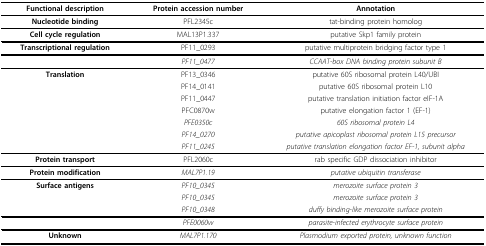
<table><thead><tr><td><b>Functional description</b></td><td><b>Protein accession number</b></td><td><b>Annotation</b></td></tr></thead><tbody><tr><td><b>Nucleotide binding</b></td><td>PFL2345c</td><td>tat-binding protein homolog</td></tr><tr><td><b>Cell cycle regulation</b></td><td>MAL13P1.337</td><td>putative Skp1 family protein</td></tr><tr><td><b>Transcriptional regulation</b></td><td>PF11_0293</td><td>putative multiprotein bridging factor type 1</td></tr><tr><td></td><td><i>PF11_0477</i></td><td><i>CCAAT-box DNA binding protein subunit B</i></td></tr><tr><td><b>Translation</b></td><td>PF13_0346</td><td>putative 60S ribosomal protein L40/UBI</td></tr><tr><td></td><td>PF14_0141</td><td>putative 60S ribosomal protein L10</td></tr><tr><td></td><td>PF11_0447</td><td>putative translation initiation factor eIF-1A</td></tr><tr><td></td><td>PFC0870w</td><td>putative elongation factor 1 (EF-1)</td></tr><tr><td></td><td><i>PFE0350c</i></td><td><i>60S ribosomal protein L4</i></td></tr><tr><td></td><td><i>PF14_0270</i></td><td><i>putative apicoplast ribosomal protein L15 precursor</i></td></tr><tr><td></td><td><i>PF11_0245</i></td><td><i>putative translation elongation factor EF-1, subunit alpha</i></td></tr><tr><td><b>Protein transport</b></td><td>PFL2060c</td><td>rab specific GDP dissociation inhibitor</td></tr><tr><td><b>Protein modification</b></td><td><i>MAL7P1.19</i></td><td><i>putative ubiquitin transferase</i></td></tr><tr><td><b>Surface antigens</b></td><td><i>PF10_0345</i></td><td><i>merozoite surface protein 3</i></td></tr><tr><td></td><td><i>PF10_0345</i></td><td><i>merozoite surface protein 3</i></td></tr><tr><td></td><td><i>PF10_0348</i></td><td><i>duffy binding-like merozoite surface protein</i></td></tr><tr><td></td><td><i>PFE0060w</i></td><td><i>parasite-infected erythrocyte surface protein</i></td></tr><tr><td><b>Unknown</b></td><td><i>MAL7P1.170</i></td><td><i>Plasmodium exported protein, unknown function</i></td></tr></tbody></table>